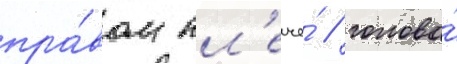
пра́вом пл'ече́ / голова́